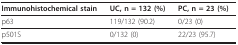
<table><thead><tr><td><b>Immunohistochemical stain</b></td><td><b>UC, n = 132 (%)</b></td><td><b>PC, n = 23 (%)</b></td></tr></thead><tbody><tr><td>p63</td><td>119/132 (90.2)</td><td>0/23 (0)</td></tr><tr><td>p501S</td><td>0/132 (0)</td><td>22/23 (95.7)</td></tr></tbody></table>